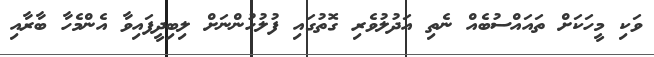
ވަކި މީހަކަށް ތައައްސުބެއް ނެތި އަދުލުވެރި ގޮތުގައި ފުލުހުންނަށް ލިބިދީފައިވާ އެންމެހާ ބާރާއި